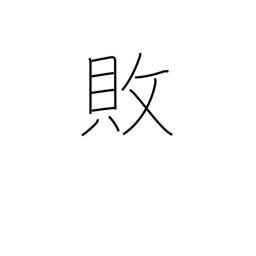
Meaning: reversal